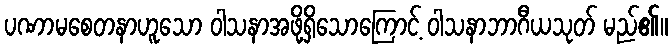
ပဏာမစေတနာဟူသော ဝါသနာအဖို့ရှိသောကြောင့် ဝါသနာဘာဂီယသုတ် မည်၏။